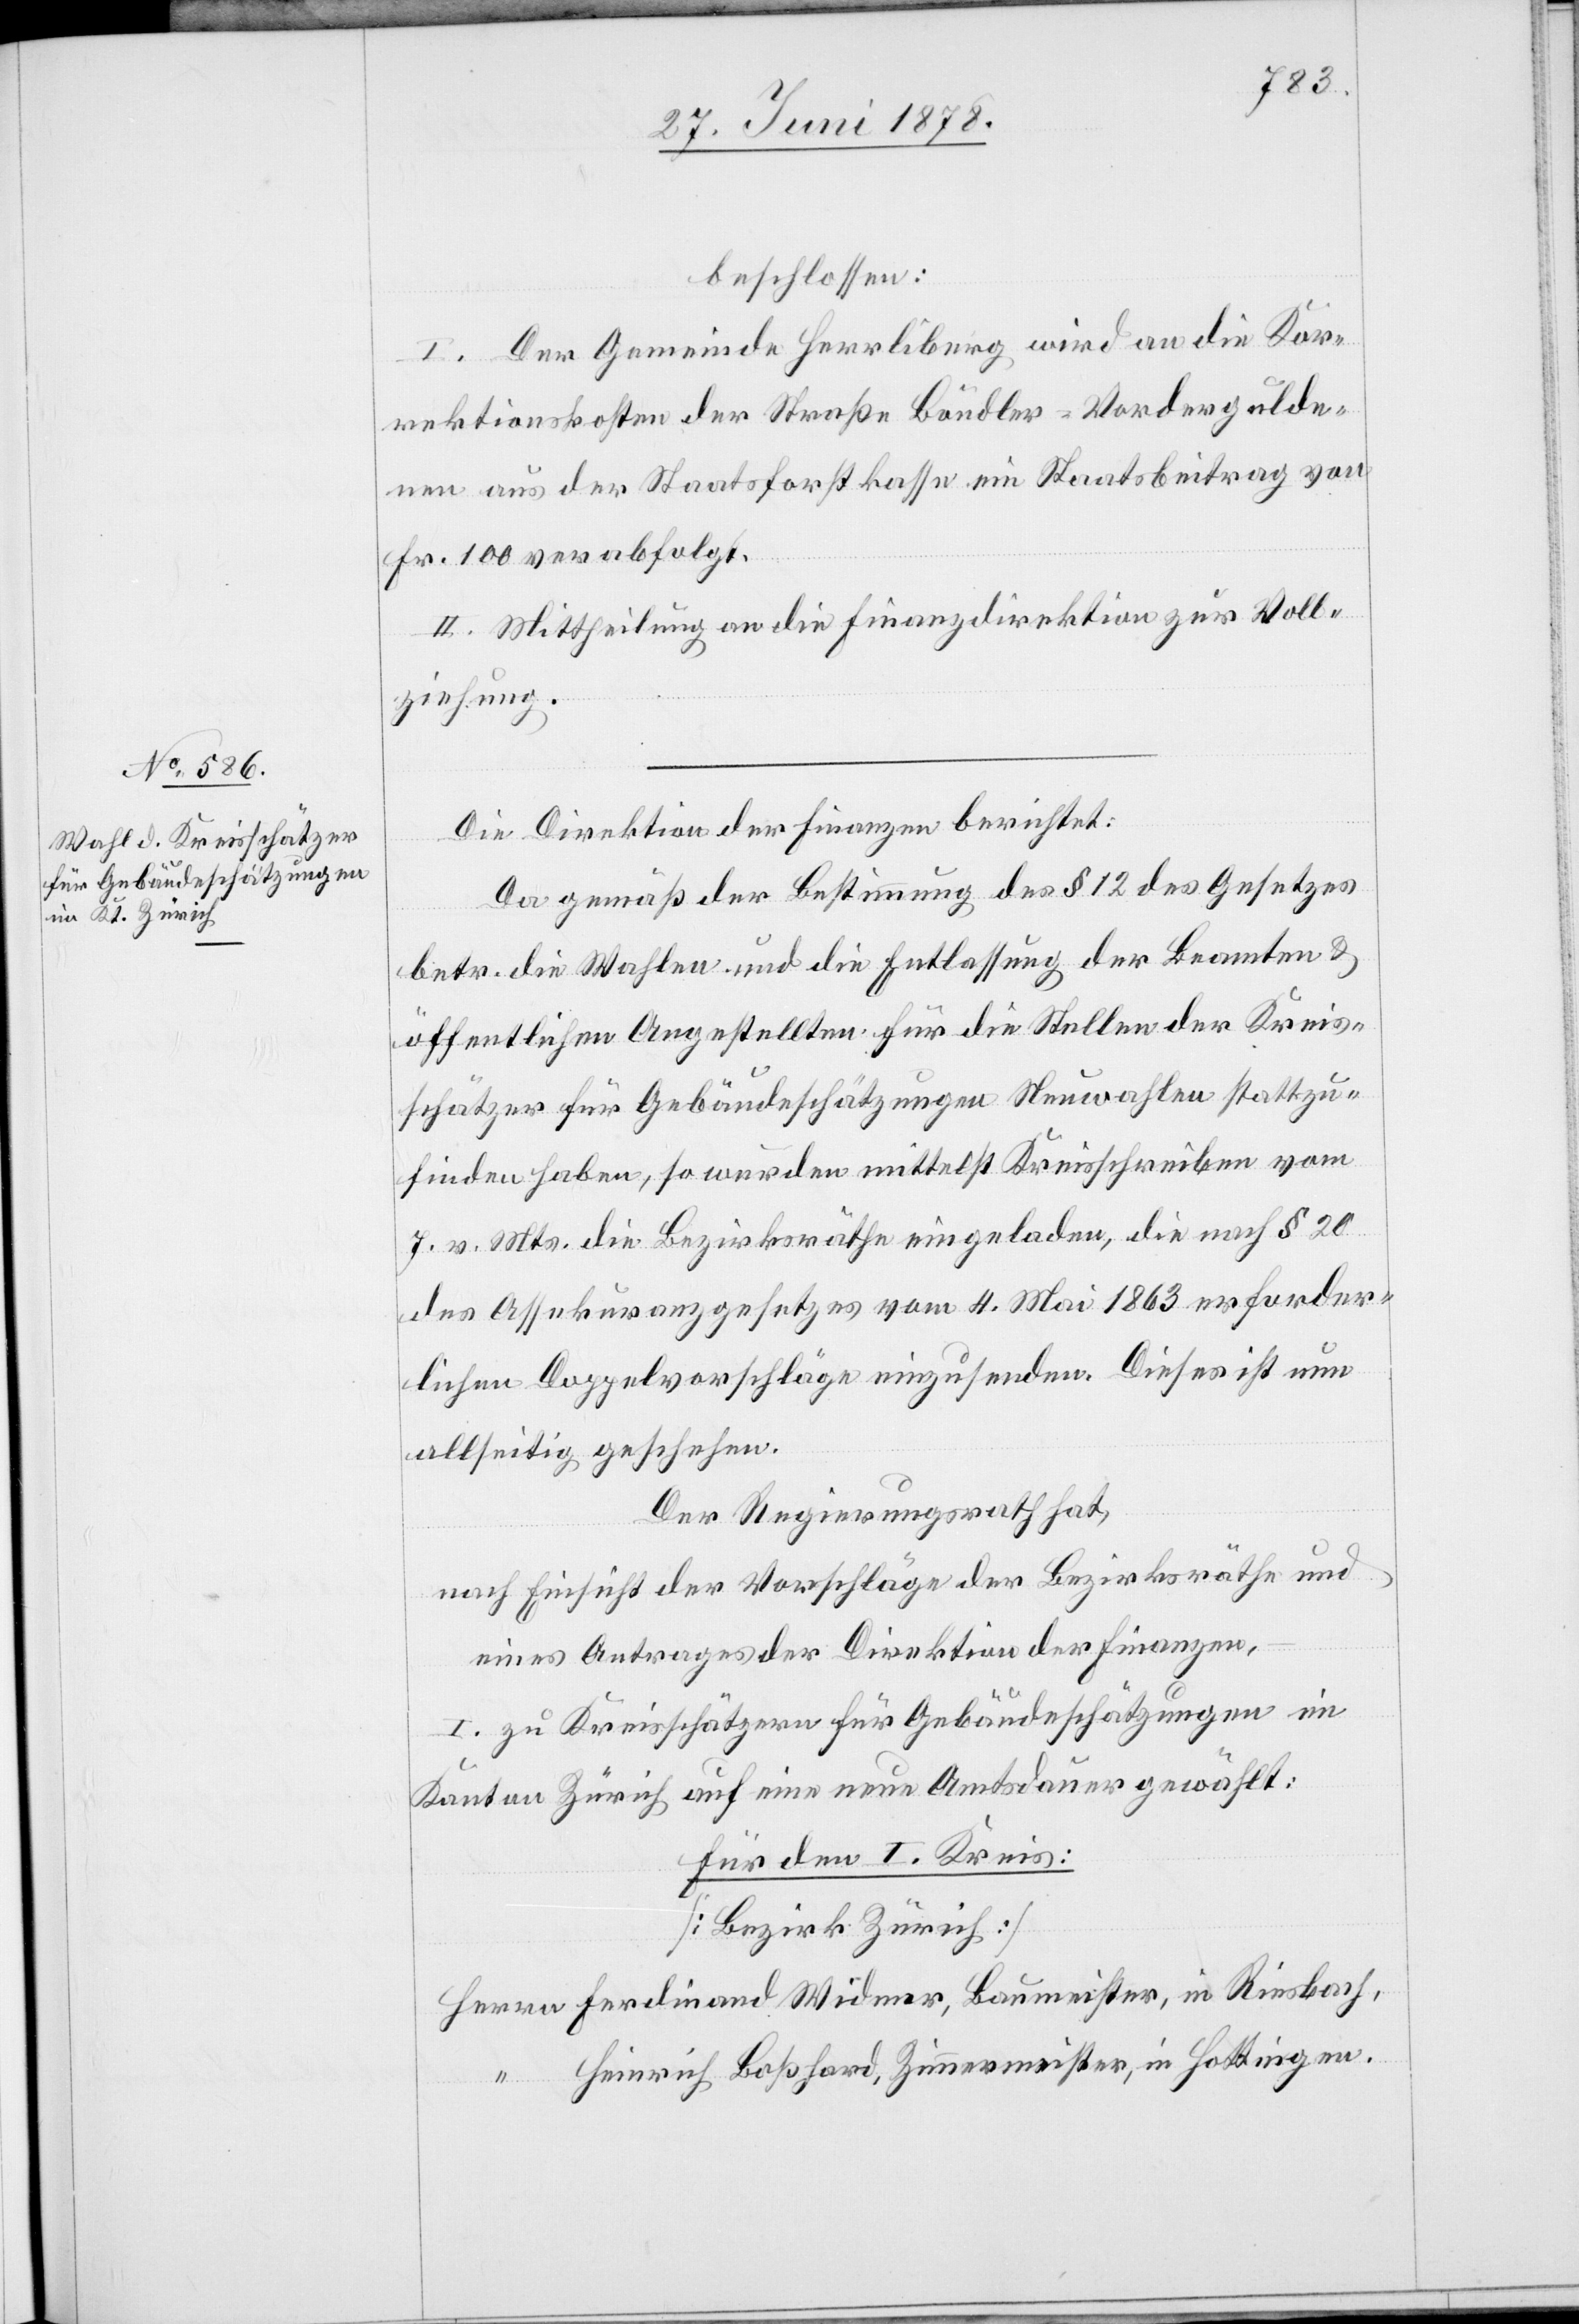
beschlossen:
I. Der Gemeinde Herrliberg wird an die Kor¬
rektionskosten der Straße Böndler–Vordergulde¬
nen aus der Staatsforstkasse ein Staatsbeitrag von
Fr. 100 verabfolgt.
II. Mittheilung an die Finanzdirektion zur Voll¬
ziehung.
Die Direktion der Finanzen berichtet:
Da gemäß der Bestimmung des § 12 des Gesetzes
betr. die Wahlen und die Entlassung der Beamten &
öffentlichen Angestellten für die Stellen der Kreis¬
schätzer für Gebäudeschätzungen Neuwahlen stattzu¬
finden haben, so werden mittelst Kreisschreiben vom
7. v. Mts. die Bezirksräthe eingeladen, die nach § 20
des Assekuranzgesetzes vom 4. Mai 1863 erforder¬
lichen Doppelvorschläge einzusenden. Dieses ist nun
allseitig geschehen.
Der Regierungsrath hat,
eines Antrages der Direktion der Finanzen,
I. zu Kreisschätzern für Gebäudeschätzungen im
Kanton Zürich auf eine neue Amtsdauer gewählt:
für den I. Kreis:
[Bezirk Zürich]
Herrn Ferdinand Widmer, Baumeister, in Riesbach,
“ Heinrich Boßhard, Zimmermeister, in Hottingen.